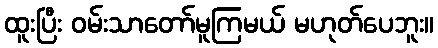
ထူးပြီး ဝမ်းသာတော်မူကြမယ် မဟုတ်ပေဘူး။